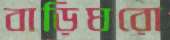
বাড়িঘরো